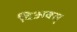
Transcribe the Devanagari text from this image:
दिअक्स्